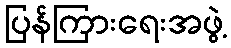
ပြန်ကြားရေးအဖွဲ့